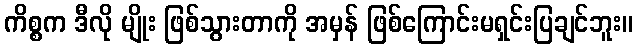
ကိစ္စက ဒီလို မျိုး ဖြစ်သွားတာကို အမှန် ဖြစ်ကြောင်းမရှင်းပြချင်ဘူး။